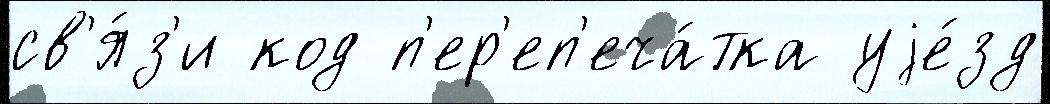
св'я́з'и код п'ер'еп'еча́тка уjе́зд